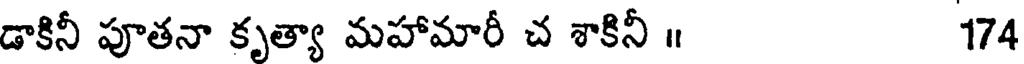
డాకినీ పూతనా కృత్యా మహామారీ చ శాకినీ ॥ 174